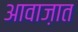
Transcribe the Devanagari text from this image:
आवाज़ात